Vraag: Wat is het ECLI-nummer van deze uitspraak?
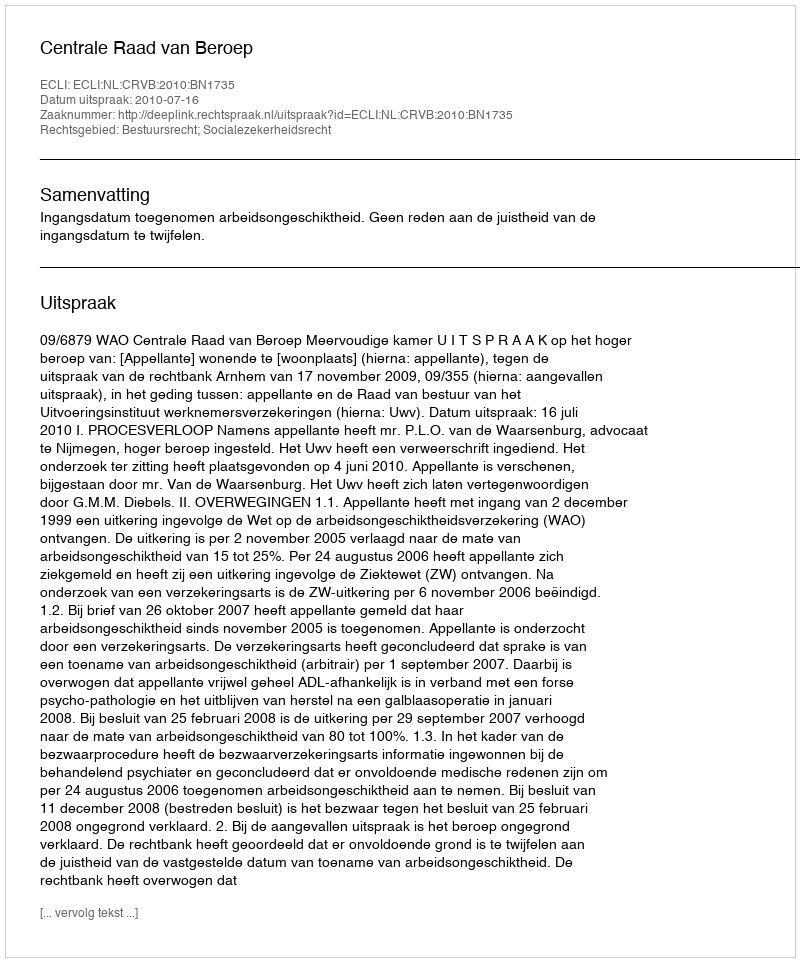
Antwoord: ECLI:NL:CRVB:2010:BN1735